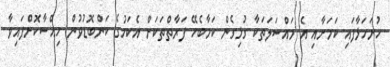
ހުށަހަޅާފައި ކަމަށާއި އެ މައްސަލަތަކާ ގުޅިގެން ކަމާބެހޭ ފަރާތްތަކަށް އެކަމުގެ ކަންބޮޑުވުން ހިއްސާކޮށްފައިވާ